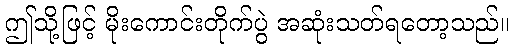
ဤသို့ဖြင့် မိုးကောင်းတိုက်ပွဲ အဆုံးသတ်ရတော့သည်။